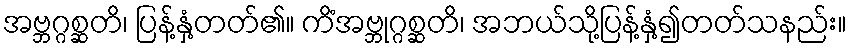
အဗ္ဘဂ္ဂစ္ဆတိ၊ ပြန့်နှံ့တတ်၏။ ကိံအဗ္ဘုဂ္ဂစ္ဆတိ၊ အဘယ်သို့ပြန့်နှံ့၍တတ်သနည်း။